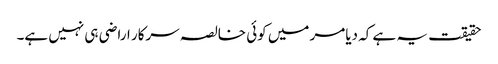
حقیقت یہ ہے کہ دیامر میں کوئی خالصہ سرکار اراضی ہی نہیں ہے۔